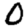
Digit: 0